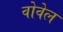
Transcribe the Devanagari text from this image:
वोवेल